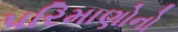
પરિમાણોનો